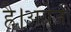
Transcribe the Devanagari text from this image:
है।अंग्रेजी